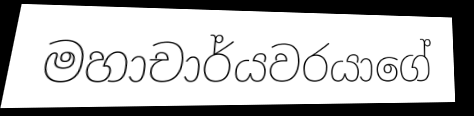
මහාචාර්යවරයාගේ